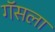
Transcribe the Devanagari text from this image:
गॅसला